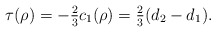
\begin{align*}\tau(\rho) = -\tfrac{2}{3}c_1(\rho)= \tfrac{2}{3} (d_2-d_1).\end{align*}